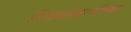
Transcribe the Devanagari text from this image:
पिढ्यांआधीच्या